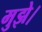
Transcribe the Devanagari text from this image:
मुझे।